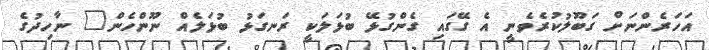
އަހަރެންނަށް ގަބޫލުކުރެވެނީ އެ ގޭގައި ގެންގުޅޭ ބުޅަލަކީ ރަނގަޅު ބުޅަލެއް ނޫންހެން" ނާހިދުގެ